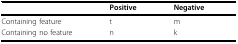
<table><thead><tr><td></td><td><b>Positive</b></td><td><b>Negative</b></td></tr></thead><tbody><tr><td>Containing feature</td><td>t</td><td>m</td></tr><tr><td>Containing no feature</td><td>n</td><td>k</td></tr></tbody></table>